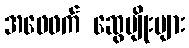
အဖေဖက် ဆွေမျိုးများ